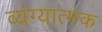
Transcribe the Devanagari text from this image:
व्‍यंग्‍यात्‍मक